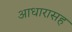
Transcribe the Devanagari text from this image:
आधारासह